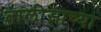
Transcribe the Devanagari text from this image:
तालीसाच्या